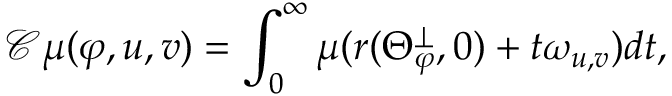
{ \mathscr C } \mu ( \varphi , u , v ) = \int _ { 0 } ^ { \infty } \mu ( r ( \Theta _ { \varphi } ^ { \perp } , 0 ) + t \omega _ { u , v } ) d t ,